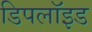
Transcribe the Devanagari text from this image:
डिपलॉइड